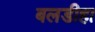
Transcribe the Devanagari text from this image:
बलडीहा